Annual report on the Civil Veterinary Department, Burma (including the Insein Veterinary School) - 1932-1941
Year: 1932
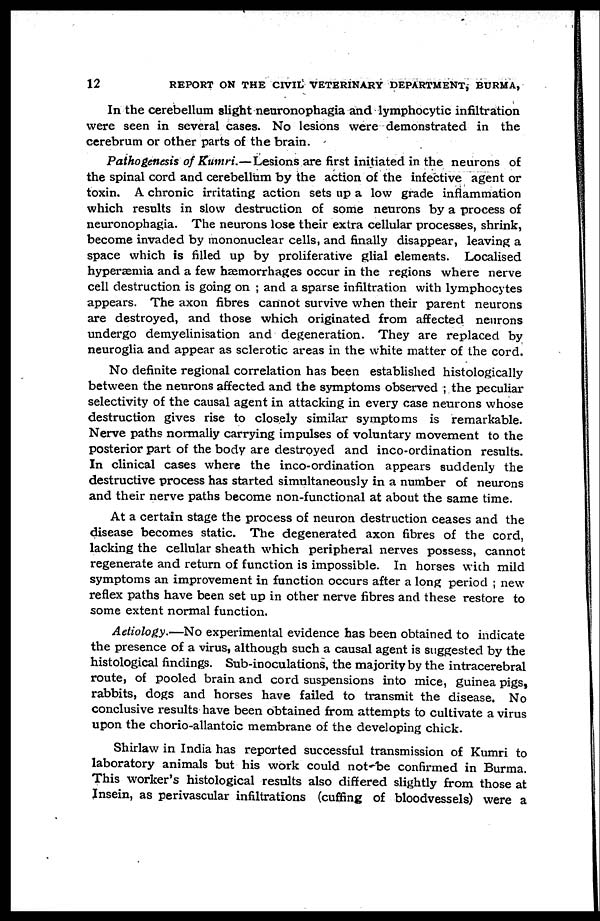
12
REPORT ON THE CIVIL VETERINARY DEPARTMENT, BURMA,
In the cerebellum slight neuronophagia and lymphocytic infiltration
were seen in several cases. No lesions were demonstrated in the
cerebrum or other parts of the brain.
Pathogenesis of Kumri.—Lesions are first initiated in the neurons of
the spinal cord and cerebellum by the action of the infective agent or
toxin. A chronic irritating action sets up a low grade inflammation
which results in slow destruction of some neurons by a process of
neuronophagia. The neurons lose their extra cellular processes, shrink,
become invaded by mononuclear cells, and finally disappear, leaving a
space which is filled up by proliferative glial elements. Localised
hyperæmia and a few haemorrhages occur in the regions where nerve
cell destruction is going on ; and a sparse infiltration with lymphocytes
appears. The axon fibres cannot survive when their parent neurons
are destroyed, and those which originated from affected neurons
undergo demyelinisation and degeneration. They are replaced by
neuroglia and appear as sclerotic areas in the white matter of the cord.
No definite regional correlation has been established histologically
between the neurons affected and the symptoms observed ; the peculiar
selectivity of the causal agent in attacking in every case neurons whose
destruction gives rise to closely similar symptoms is remarkable.
Nerve paths normally carrying impulses of voluntary movement to the
posterior part of the body are destroyed and inco-ordination results.
In clinical cases where the inco-ordination appears suddenly the
destructive process has started simultaneously in a number of neurons
and their nerve paths become non-functional at about the same time.
At a certain stage the process of neuron destruction ceases and the
disease becomes static. The degenerated axon fibres of the cord,
lacking the cellular sheath which peripheral nerves possess, cannot
regenerate and return of function is impossible. In horses with mild
symptoms an improvement in function occurs after a long period ; new
reflex paths have been set up in other nerve fibres and these restore to
some extent normal function.
Aetiology.—No experimental evidence has been obtained to indicate
the presence of a virus, although such a causal agent is suggested by the
histological findings. Sub-inoculations, the majority by the intracerebral
route, of pooled brain and cord suspensions into mice, guinea pigs,
rabbits, dogs and horses have failed to transmit the disease. No
conclusive results have been obtained from attempts to cultivate a virus
upon the chorio-allantoic membrane of the developing chick.
Shirlaw in India has reported successful transmission of Kumri to
laboratory animals but his work could not be confirmed in Burma.
This worker's histological results also differed slightly from those at
Insein, as perivascular infiltrations (cuffing of bloodvessels) were a